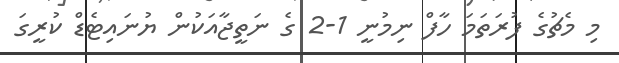
މި މެޗުގެ ފުރަތަމަ ހާފް ނިމުނީ 1-2 ގެ ނަތީޖާއަކުން ޔުނައިޓެޑް ކުރީގަ